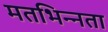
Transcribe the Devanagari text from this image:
मतभिन्‍नता